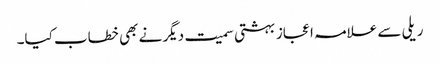
ریلی سے علامہ اعجاز بہشتی سمیت دیگر نے بھی خطاب کیا۔